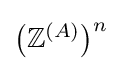
{\textstyle {\bigl (}\mathbb {Z} ^{(A)}{\bigr )}^{n}}